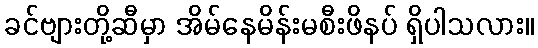
ခင်ဗျားတို့ဆီမှာ အိမ်နေမိန်းမစီးဖိနပ် ရှိပါသလား။